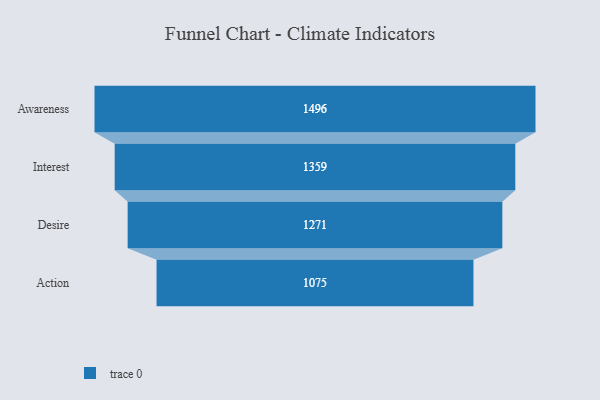
{"axis": {"x": "Stage", "y": "Value"}, "legend": [""], "data": [{"x": "Awareness", "y": 1496.0, "type": ""}, {"x": "Interest", "y": 1359.0, "type": ""}, {"x": "Desire", "y": 1271.0, "type": ""}, {"x": "Action", "y": 1075.0, "type": ""}]}